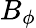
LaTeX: B_{\phi}